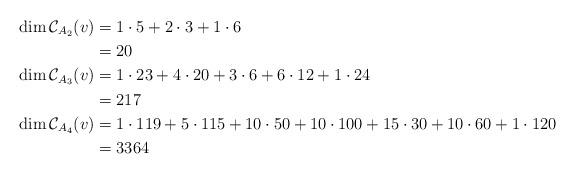
LaTeX: \begin{align*} \dim \mathcal{C}_{A_2}(v) & = 1 \cdot 5 + 2 \cdot 3 + 1 \cdot 6\\ & = 20\\ \dim \mathcal{C}_{A_3}(v) & = 1 \cdot 23 + 4 \cdot 20 + 3 \cdot 6 + 6 \cdot 12 + 1 \cdot 24\\ & = 217\\ \dim \mathcal{C}_{A_4}(v) & = 1 \cdot 119 + 5 \cdot 115 + 10 \cdot 50 + 10 \cdot 100 + 15 \cdot 30 + 10 \cdot 60 + 1 \cdot 120\\ & = 3364\end{align*}